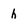
Character: h